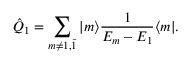
\hat { Q } _ { 1 } = \sum _ { m \neq 1 , \bar { 1 } } | m \rangle \frac { 1 } { E _ { m } - E _ { 1 } } \langle m | .